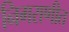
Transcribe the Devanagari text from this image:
निगराणीत